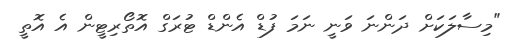
"މިސާލަކަށް ދަންނަ ވަނީ ނަމަ ފުޑް އެންޑް ޓުރަގް އޮތޯރިޓީން އެ އޮތީ